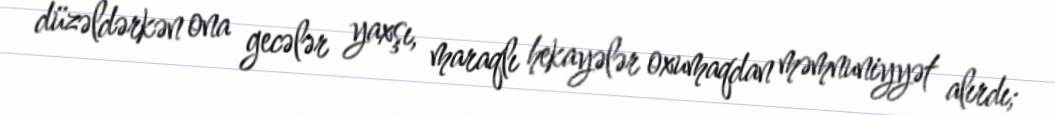
düzəldərkən ona gecələr yaxşı, maraqlı hekayələr oxumaqdan məmnuniyyət alırdı;